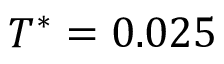
T ^ { * } = 0 . 0 2 5